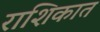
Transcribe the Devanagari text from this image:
राशिकात